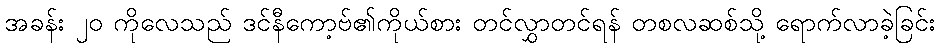
အခန်း ၂၀ ကိုလေသည် ဒင်နီကော့ဗ်၏ကိုယ်စား တင်လွှာတင်ရန် တစလဆစ်သို့ ရောက်လာခဲ့ခြင်း